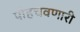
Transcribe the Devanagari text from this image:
पोहचवणारी